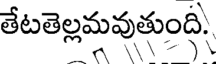
తేటతెల్లమవుతుంది